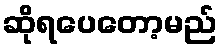
ဆိုရပေတော့မည်